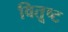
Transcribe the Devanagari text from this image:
वितूष्ट